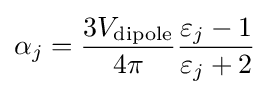
\alpha _{j}={\frac {3V_{\mathrm {dipole} }}{4\pi }}{\frac {\varepsilon _{j}-1}{\varepsilon _{j}+2}}